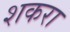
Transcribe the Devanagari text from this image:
शकरा